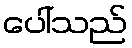
ပေါ်သည်